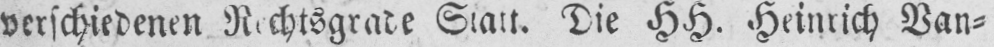
Statt. Die HH. Heinrich Van⸗